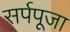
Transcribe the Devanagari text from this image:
सर्पपूजा